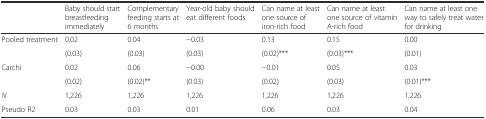
<table><thead><tr><td></td><td><b>Baby should start breastfeeding immediately</b></td><td><b>Complementary feeding starts at 6 months</b></td><td><b>Year-old baby should eat different foods</b></td><td><b>Can name at least one source of iron-rich food</b></td><td><b>Can name at least one source of vitamin A-rich food</b></td><td><b>Can name at least one way to safely treat water for drinking</b></td></tr></thead><tbody><tr><td>Pooled treatment</td><td>0.02</td><td>0.04</td><td>−0.03</td><td>0.13</td><td>0.15</td><td>0.00</td></tr><tr><td></td><td>(0.03)</td><td>(0.03)</td><td>(0.03)</td><td>(0.02)***</td><td>(0.03)***</td><td>(0.01)</td></tr><tr><td>Carchi</td><td>0.02</td><td>0.06</td><td>−0.00</td><td>−0.01</td><td>0.05</td><td>0.03</td></tr><tr><td></td><td>(0.02)</td><td>(0.02)**</td><td>(0.03)</td><td>(0.02)</td><td>(0.03)</td><td>(0.01)***</td></tr><tr><td><i>N</i></td><td>1,226</td><td>1,226</td><td>1,226</td><td>1,226</td><td>1,226</td><td>1,226</td></tr><tr><td>Pseudo R2</td><td>0.03</td><td>0.03</td><td>0.01</td><td>0.06</td><td>0.03</td><td>0.04</td></tr></tbody></table>